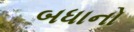
બધાનો